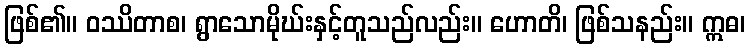
ဖြစ်၏။ ဝဿိတာစ၊ ရွာသောမိုဃ်းနှင့်တူသည်လည်း။ ဟောတိ၊ ဖြစ်သနည်း။ ဣဓ၊